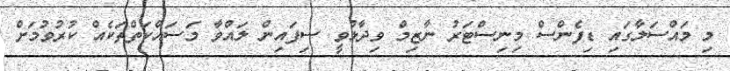
މި މައްސަލާގައި ޑިފެންސް މިނިސްޓަރު ނާޒިމް ވިދާޅުވީ ސިފައިން ލައްވާ މަސައްކަތްތަކެއް ކުރުވުމަށް